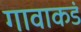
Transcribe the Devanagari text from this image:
गावाकडं